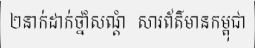
២នាក់ដាក់ថ្នាំសណ្តំ  សារព័ត៌មានកម្ពុជា